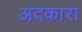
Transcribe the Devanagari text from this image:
अदकारा